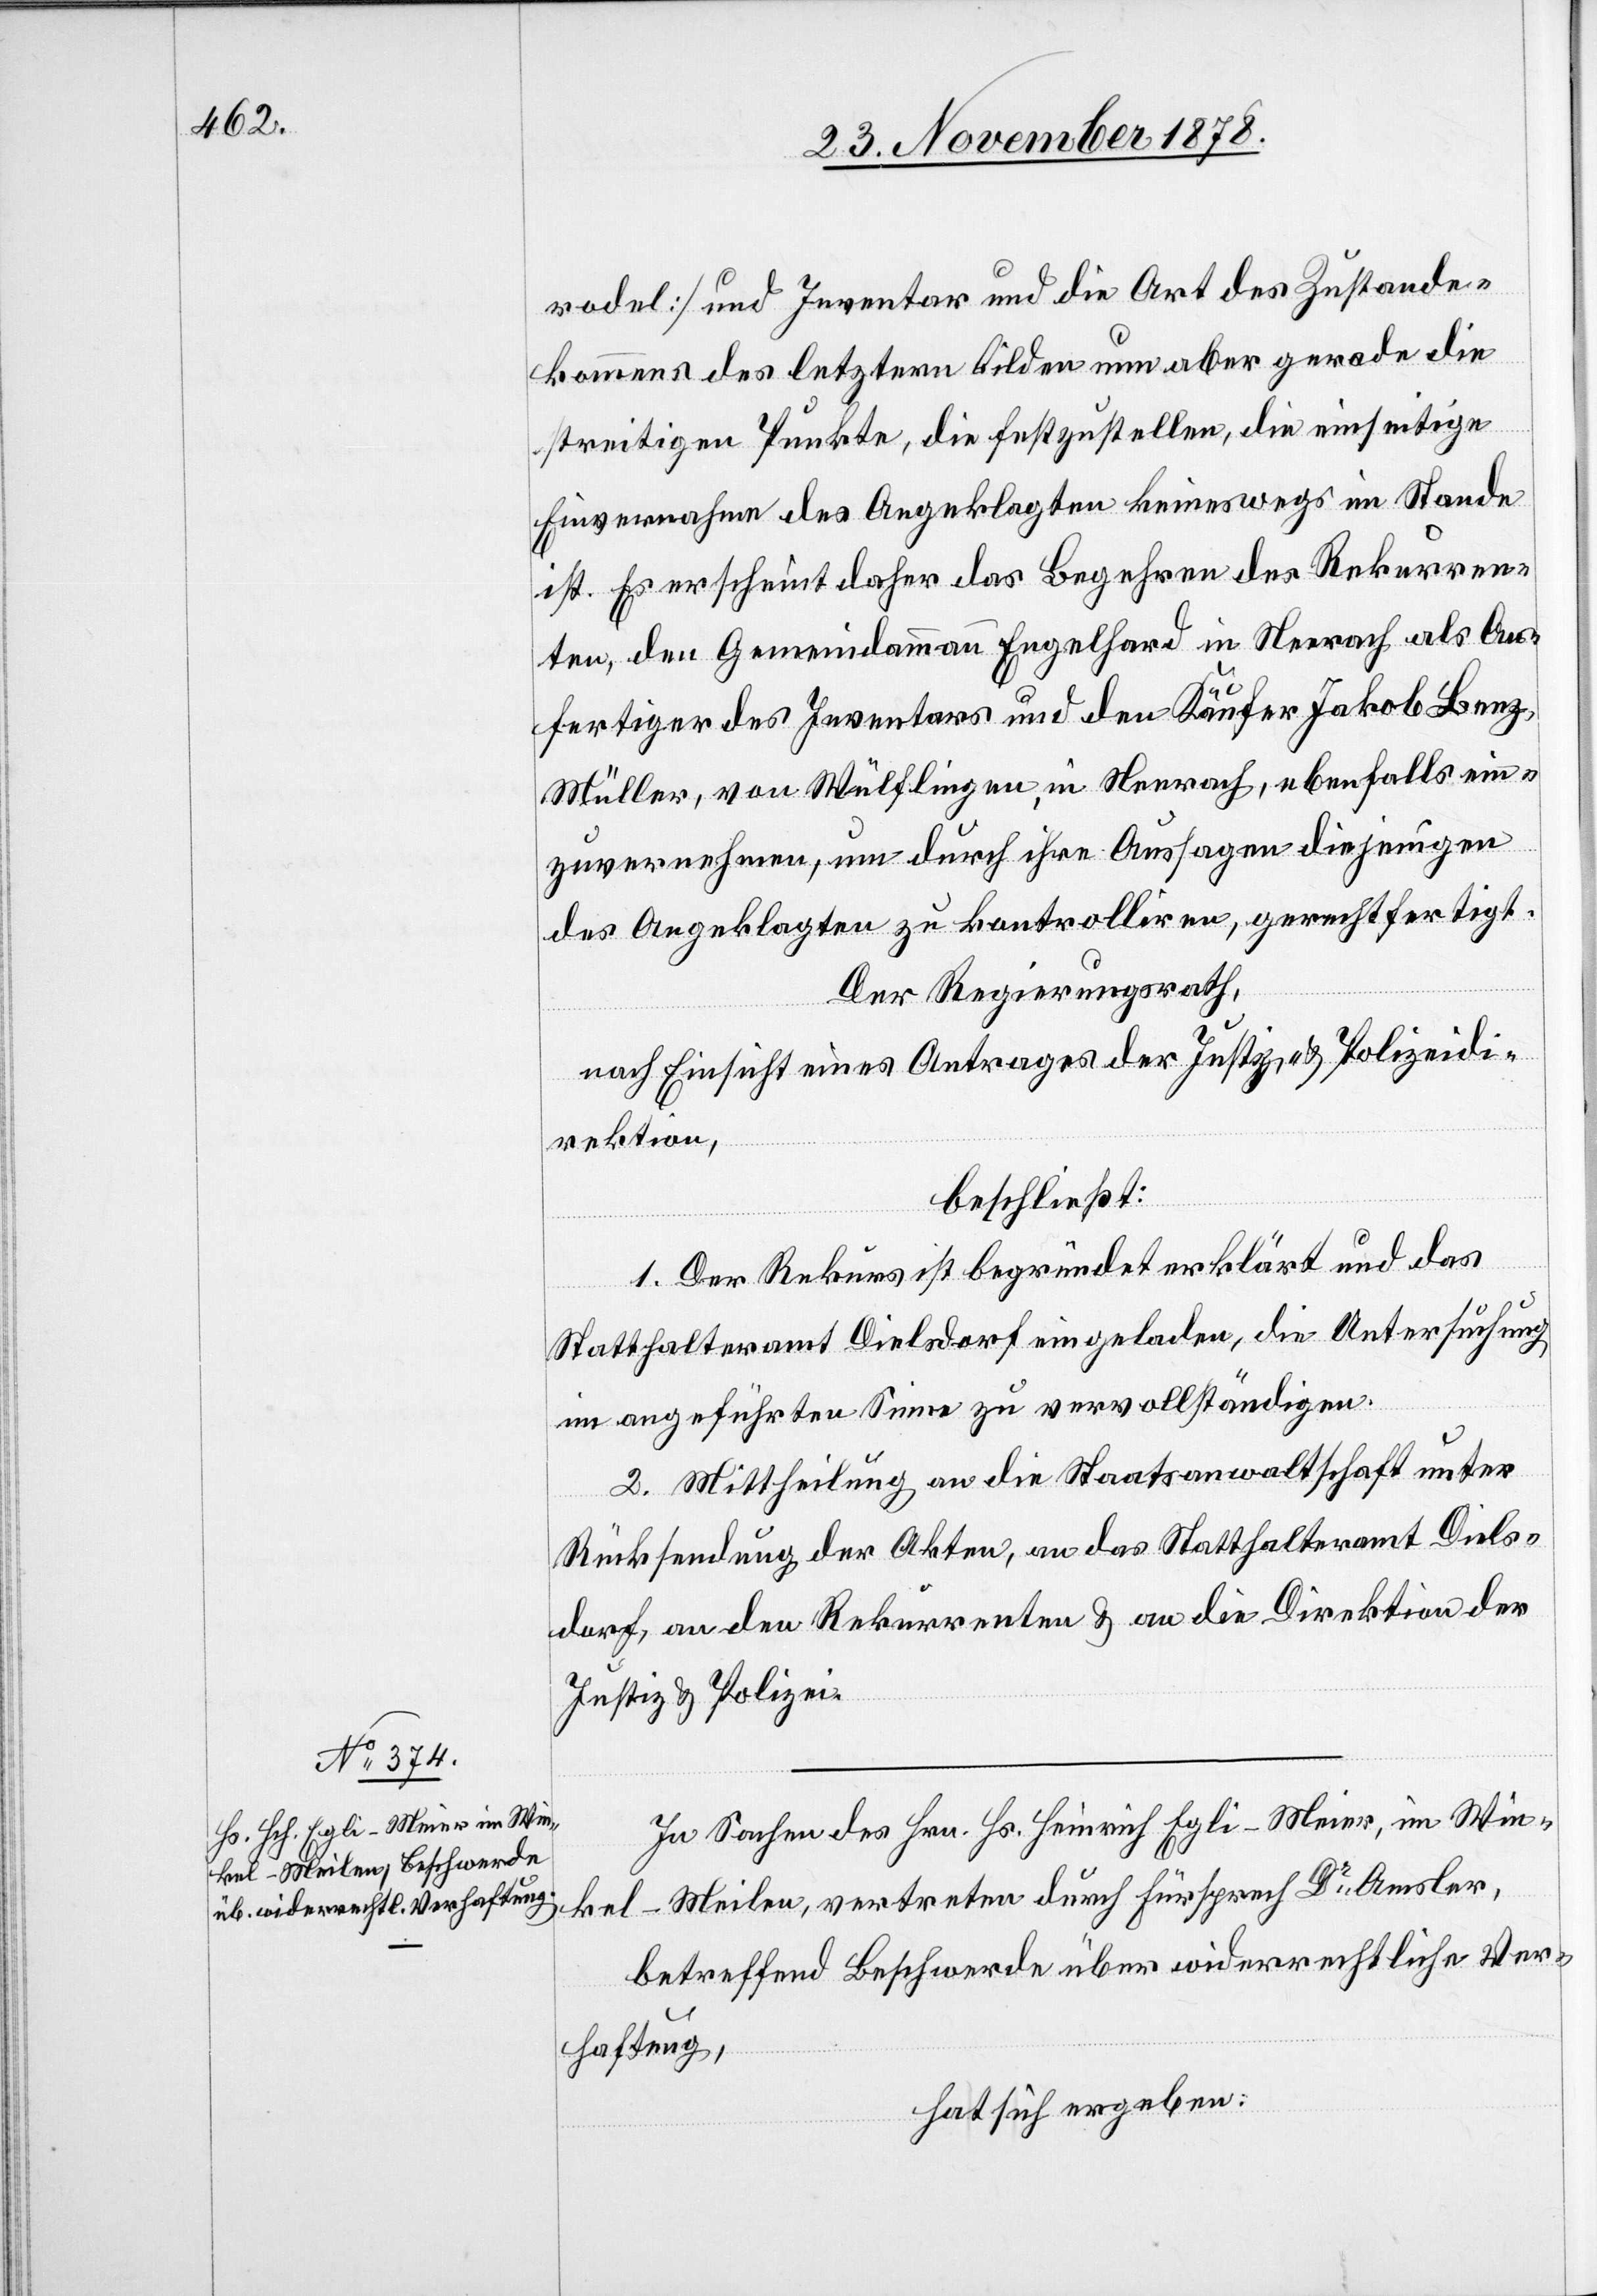
In Sachen des Hrn. Hs. Heinrich Egli-Meier, im Win¬
kel - Meilen, vertreten durch Fürsprech Dr Amsler,
betreffend Beschwerde über widerrechtliche Ver¬
haftung,
hat sich ergeben: